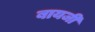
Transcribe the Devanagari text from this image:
बायजी